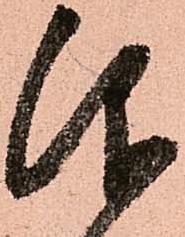
仰